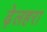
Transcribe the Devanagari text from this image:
ढ़ेलहरा